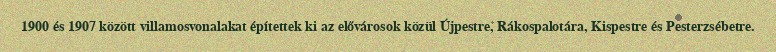
1900 és 1907 között villamosvonalakat építettek ki az elővárosok közül Újpestre, Rákospalotára, Kispestre és Pesterzsébetre.